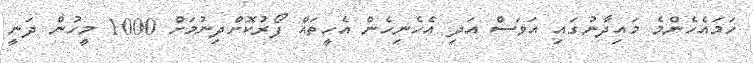
ހަމައެހެންމެ މައިދާނުގައި އަވަސް އަދި އެހެނިހެން އެހީތައް ފޯރުކޮށްދިނުމަށް 1000 މީހުން ދަނީ